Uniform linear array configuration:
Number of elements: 64
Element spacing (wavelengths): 1
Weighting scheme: hamming
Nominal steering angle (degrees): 15
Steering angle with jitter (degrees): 13.632
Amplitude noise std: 0.05
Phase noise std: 0.05

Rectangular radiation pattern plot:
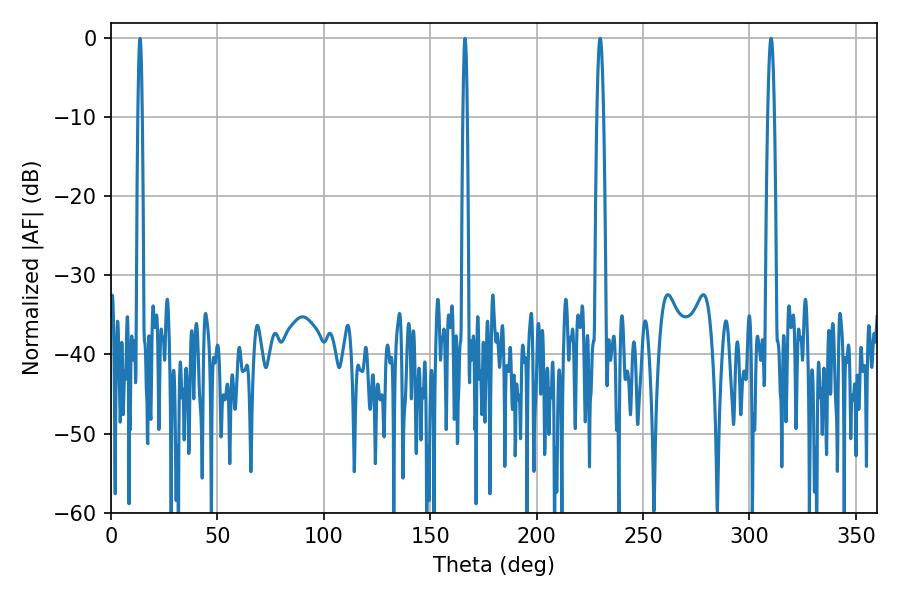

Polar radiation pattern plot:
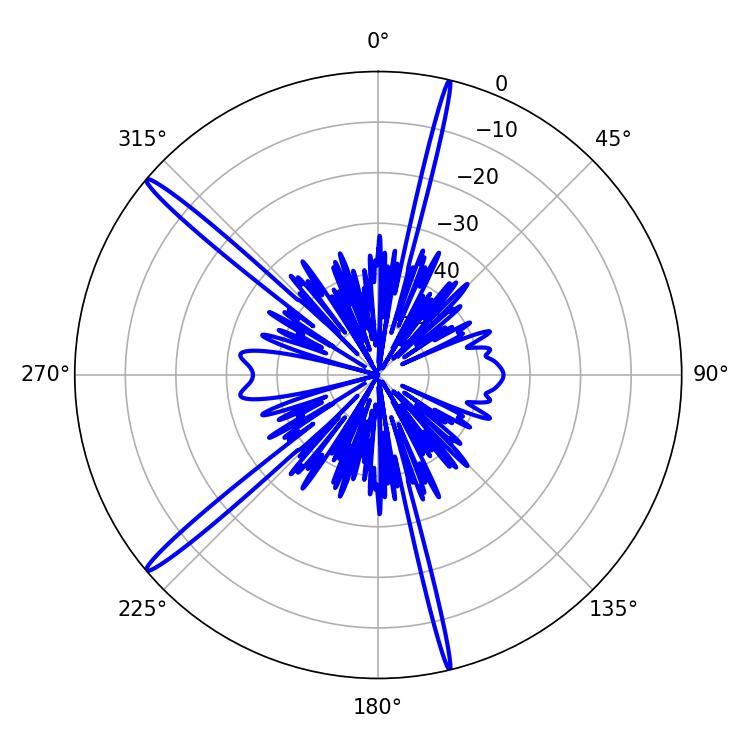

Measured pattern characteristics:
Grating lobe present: TRUE
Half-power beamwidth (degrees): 1.8
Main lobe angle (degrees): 229.86